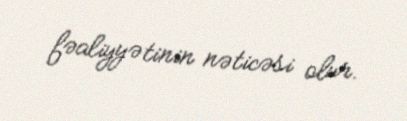
fəaliyyətinin nəticəsi olur.